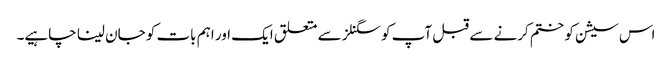
اس سیشن کو ختم کرنے سے قبل آپ کو سگنلز سے متعلق ایک اور اہم بات کو جان لینا چاہیے۔